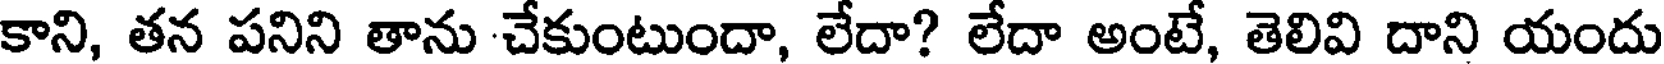
కాని, తన పనిని తాను చేకుంటుందా, లేదా? లేదా అంటే, తెలివి దాని యందు